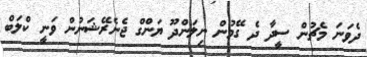
ދެވަނަ މެޗުން ސީދާ ދެ ގޭމުން ނިލަންދޫ ޔަންގް ޖެނެރޭޝަނުން ވަނީ ކްލަބް